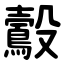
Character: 鷇